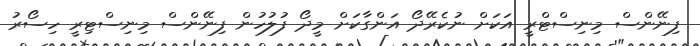
ފިނޭންސް މިނިސްޓްރީ އަކަށް ނުކެރޭދޯ އަންގާކަށް މީދޯ ފުލުހުން ފިނޭންސް މިނިސްޓިރީ ހިސޯރު